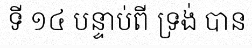
ទី ១៤ បន្ទាប់ពី ទ្រង់ បាន